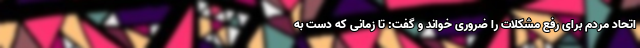
اتحاد مردم برای رفع مشکلات را ضروری خواند و گفت: تا زمانی که دست به